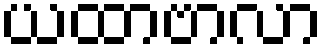
ယထာဗာလာ